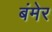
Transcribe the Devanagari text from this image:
बंमेर